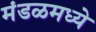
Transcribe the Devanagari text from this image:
मंडळमध्ये